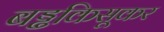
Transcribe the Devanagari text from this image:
बड्ढकिसूकर